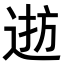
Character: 𨓓